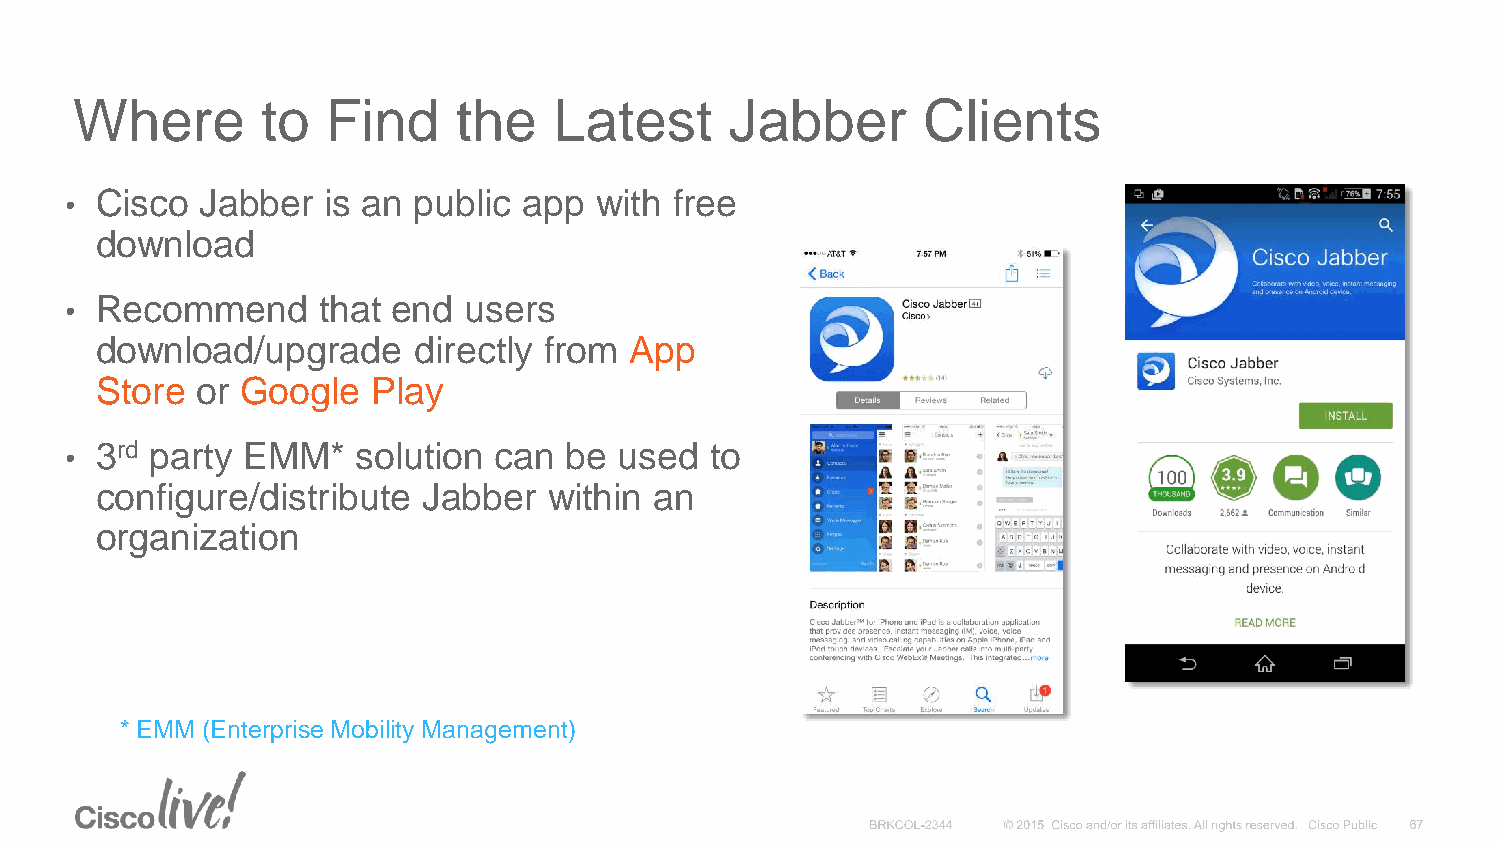
Where       to   Find    the    Latest     Jabber       Clients
 • Cisco  Jabber   is an public app with  free
 download
 • Recommend      that end  users
 download/upgrade     directly from  App
 Store  or Google   Play
 • 3rd party EMM*    solution can be  used  to
 configure/distribute  Jabber  within an
 organization
 * EMM (Enterprise Mobility Management)